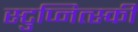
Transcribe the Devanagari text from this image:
स्टुप्नित्स्की